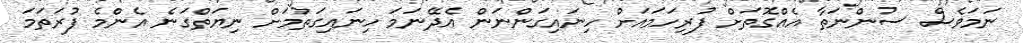
ނަމަވެސް ސުންނަތާ އެއްގޮތަށް ފުރިހަމައަށް ހިނައިގަންނަން އެދޭނަމަ ހިނައިގަތުމަށް ނިޔަތްގަނެ އެންމެ ފުރަތަމަ